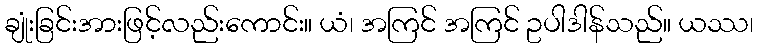
ချုံးခြင်းအားဖြင့်လည်းကောင်း။ ယံ၊ အကြင် အကြင် ဥပါဒါန်သည်။ ယဿ၊